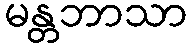
မန္တဘာသာ